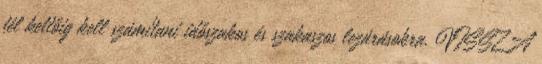
fél kettőig kell számítani időszakos és szakaszos lezárásokra. VISSZA